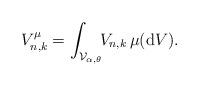
LaTeX: \begin{align*}V_{n,k}^{\mu}=\int_{\mathcal{V}_{\alpha,\theta}} \!\! V_{n,k}\,\mu(\mathrm{d}V).\end{align*}